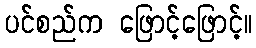
ပင်စည်က ဖြောင့်ဖြောင့်။